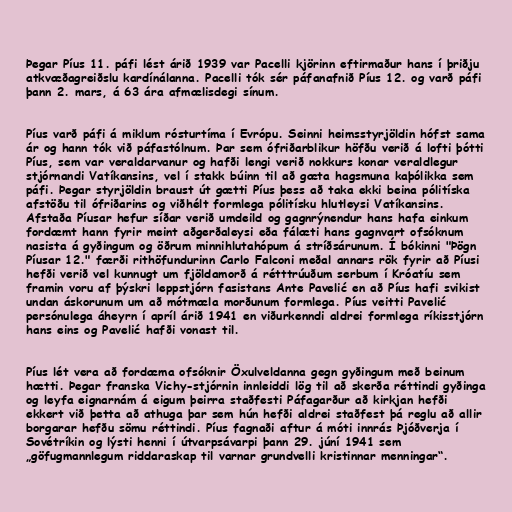
Þegar Píus 11. páfi lést árið 1939 var Pacelli kjörinn eftirmaður hans í þriðju
atkvæðagreiðslu kardínálanna. Pacelli tók sér páfanafnið Píus 12. og varð páfi
þann 2. mars, á 63 ára afmælisdegi sínum.

Píus varð páfi á miklum rósturtíma í Evrópu. Seinni heimsstyrjöldin hófst sama
ár og hann tók við páfastólnum. Þar sem ófriðarblikur höfðu verið á lofti þótti
Píus, sem var veraldarvanur og hafði lengi verið nokkurs konar veraldlegur
stjórnandi Vatíkansins, vel í stakk búinn til að gæta hagsmuna kaþólikka sem
páfi. Þegar styrjöldin braust út gætti Píus þess að taka ekki beina pólitíska
afstöðu til ófriðarins og viðhélt formlega pólitísku hlutleysi Vatíkansins.
Afstaða Píusar hefur síðar verið umdeild og gagnrýnendur hans hafa einkum
fordæmt hann fyrir meint aðgerðaleysi eða fálæti hans gagnvart ofsóknum
nasista á gyðingum og öðrum minnihlutahópum á stríðsárunum. Í bókinni "Þögn
Píusar 12." færði rithöfundurinn Carlo Falconi meðal annars rök fyrir að Píusi
hefði verið vel kunnugt um fjöldamorð á rétttrúuðum serbum í Króatíu sem
framin voru af þýskri leppstjórn fasistans Ante Pavelić en að Píus hafi svikist
undan áskorunum um að mótmæla morðunum formlega. Píus veitti Pavelić
persónulega áheyrn í apríl árið 1941 en viðurkenndi aldrei formlega ríkisstjórn
hans eins og Pavelić hafði vonast til.

Píus lét vera að fordæma ofsóknir Öxulveldanna gegn gyðingum með beinum
hætti. Þegar franska Vichy-stjórnin innleiddi lög til að skerða réttindi gyðinga
og leyfa eignarnám á eigum þeirra staðfesti Páfagarður að kirkjan hefði
ekkert við þetta að athuga þar sem hún hefði aldrei staðfest þá reglu að allir
borgarar hefðu sömu réttindi. Píus fagnaði aftur á móti innrás Þjóðverja í
Sovétríkin og lýsti henni í útvarpsávarpi þann 29. júní 1941 sem
„göfugmannlegum riddaraskap til varnar grundvelli kristinnar menningar“.